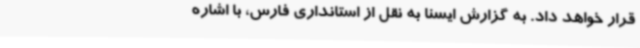
قرار خواهد داد. به گزارش ایسنا به نقل از استانداری فارس، با اشاره